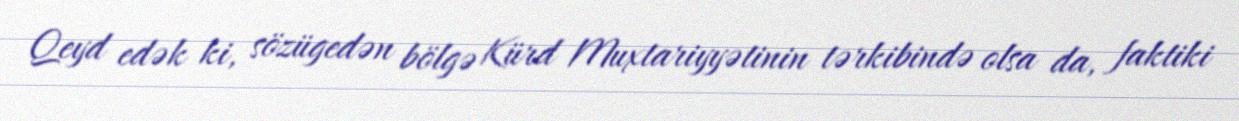
Qeyd edək ki, sözügedən bölgə Kürd Muxtariyyətinin tərkibində olsa da, faktiki